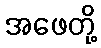
အဖေတို့